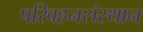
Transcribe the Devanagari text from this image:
परिवहनसंस्थान